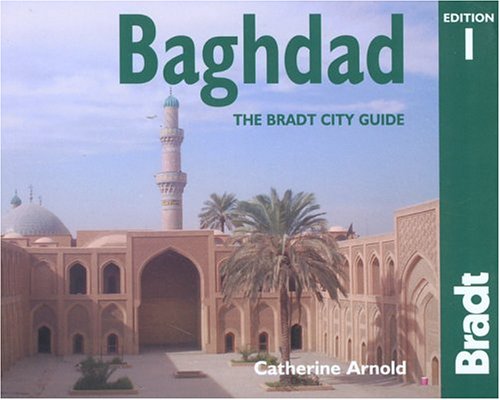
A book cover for Baghdad: The Bradt City Guide (Bradt Mini Guide); Kathy Arnold; Travel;